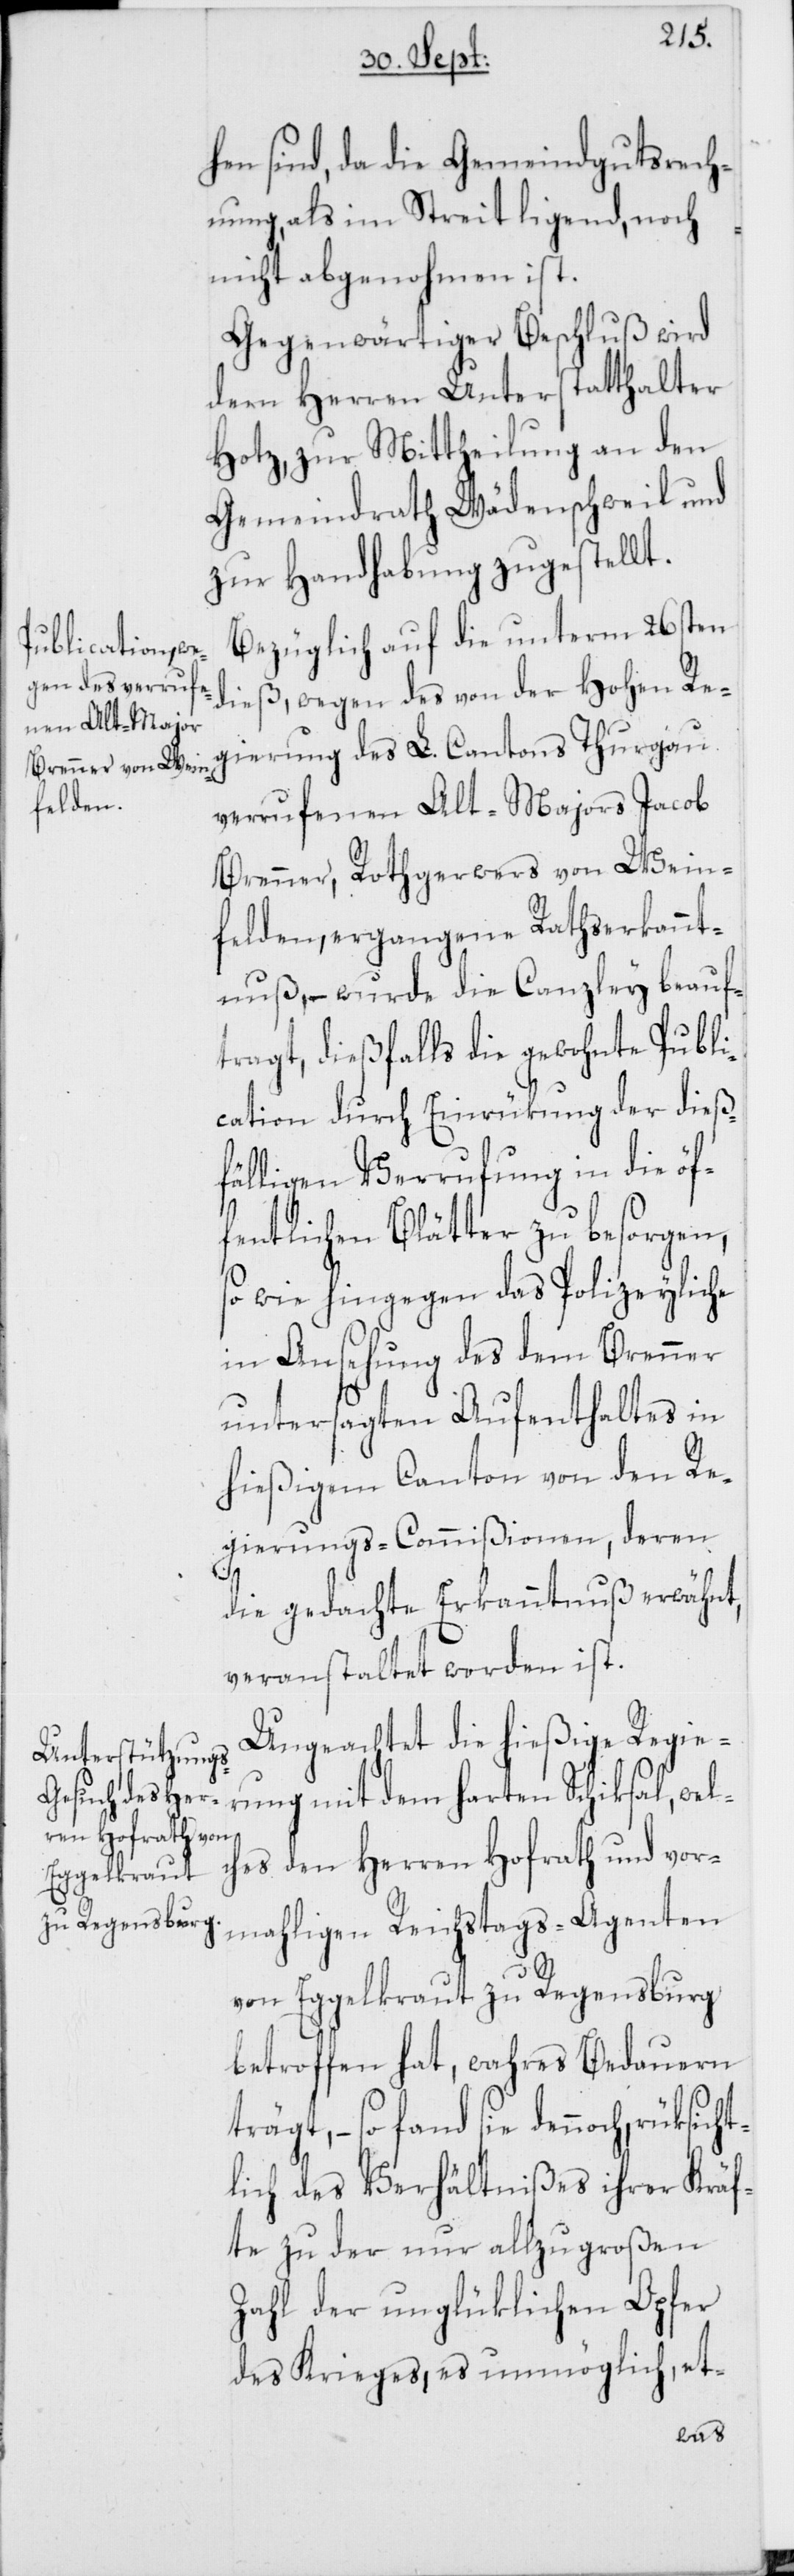
icht¬
hen sind, da die Gemeindgutsrech¬
nung, als im Streit ligend, noch
nicht abgenohmen ist.
Gegenwärtiger Beschluß wird
dem Herren Unterstatthalter
Hotz, zur Mittheilung an den
Gemeindrath Wädenschweil und
zur Handhabung zugestellt.
Bezüglich auf die unterm 26sten
dieß, wegen des von der Hohen Re¬
gierung des L. Cantons Thurgau
verrufenen Alt-Majors Jacob
Brenner, Rothgerwers von Wein¬
felden, ergangene Rathserkannt¬
nuß, – wurde die Canzley beauf¬
tragt, dießfalls die gewohnte Publi¬
cation durch Einrükung der dieß¬
fälligen Verrufung in die öf¬
fentlichen Blätter zu besorgen,
so wie hingegen das Polizeyliche
in Ansehung des dem Brenner
untersagten Aufenthaltes in
hießigem Canton von den Re¬
gierungs-Commißionen, deren
die gedachte Erkanntnuß erwähnt,
veranstaltet worden ist.
Ungeachtet die hießige Regie¬
rung mit dem harten Schiksal, wel¬
ches den Herren Hofrath und vor¬
mahligen Reichstags-Agenten
von Eggelkraut zu Regensburg
betroffen hat, wahres Bedauern
trägt, – so fand sie dennoch, rüks¬
lich des Verhältnißes ihrer Kräf¬
te zu der nur allzu großen
Zahl der unglüklichen Opfer
des Krieges, es unmöglich, et-